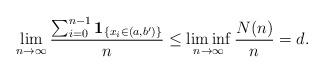
LaTeX: \begin{align*}\lim_{n\to\infty}\frac{\sum_{i=0}^{n-1}\mathbf{1}_{\{x_i\in(a,b')\}}}{n}\leq\liminf_{n\to\infty}\frac{N(n)}{n}=d.\end{align*}